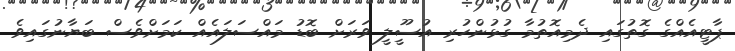
ޕާޓީއެއްގެ ގޮތުގައި ދެމިއޮތުމާ ގުޅުންހުރި އުސޫީލީ ވަރަށް ބޮޑު މައްސަލައެއް ކަމަށްވެސް ބަޔާނުގައިވެ